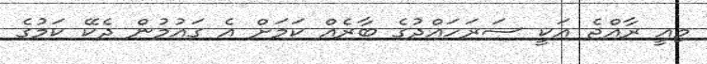
މިއީ ރާއްޖެ އަކީ ސަރަހައްދުގެ ބާރެއް ކަމަށް އެ ގައުމުން ދެކޭ ކަމުގެ